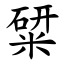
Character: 䊙